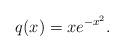
LaTeX: \begin{align*}q(x)=xe^{-x^{2}}. \end{align*}